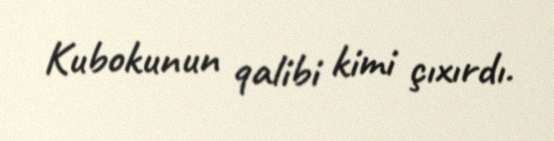
Kubokunun qalibi kimi çıxırdı.